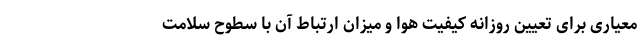
معیاری برای تعیین روزانه کیفیت هوا و میزان ارتباط آن با سطوح سلامت